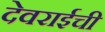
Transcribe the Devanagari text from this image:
देवराईची